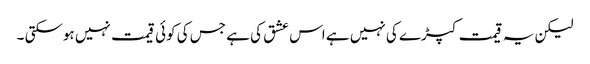
لیکن یہ قیمت کپڑے کی نہیں ہے اس عشق کی ہے جس کی کوئی قیمت نہیں ہوسکتی ۔